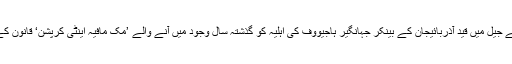
نیشنل کرائم ایجنسی نے جیل میں قید آذربائیجان کے بینکر جہانگیر ہاجیووف کی اہلیہ کو گذشتہ سال وجود میں آنے والے ’مک مافیہ اینٹی کرپشن‘ قانون کے تحت گرفت میں لیا۔